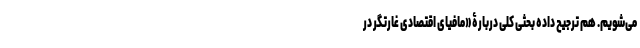
می‌شویم. هم ترجیح داده بحثی کلی دربارۀ «مافیای اقتصادی غارتگر در